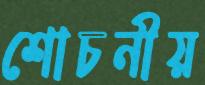
শোচনীয়